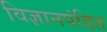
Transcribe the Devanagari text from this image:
विज्ञानपंडित